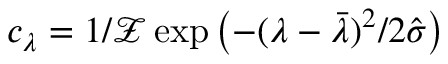
c _ { \lambda } = 1 / \mathcal { Z } \exp \left( { - ( \lambda - \bar { \lambda } ) ^ { 2 } / { 2 \hat { \sigma } } } \right)